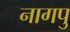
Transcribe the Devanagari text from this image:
नागपु